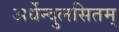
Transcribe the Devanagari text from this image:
अर्धेन्दुलसितम्